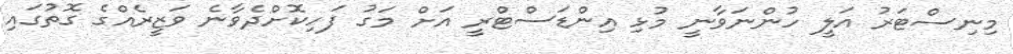
މިނިސްޓަރު އަލީ ހުންނަވާނީ މުޅި އިންޑަސްޓްރީ އަށް މަގު ފަހިކޮށްދެވާނެ ވަޒީރެއްގެ ގޮތުގައި